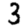
Digit: 3